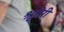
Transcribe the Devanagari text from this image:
श्रृगेरी